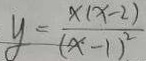
y = \frac { x ( x - 2 ) } { ( x - 1 ) ^ { 2 } }